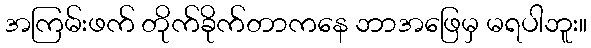
အကြမ်းဖက် တိုက်ခိုက်တာကနေ ဘာအဖြေမှ မရပါဘူး။